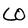
Character: W